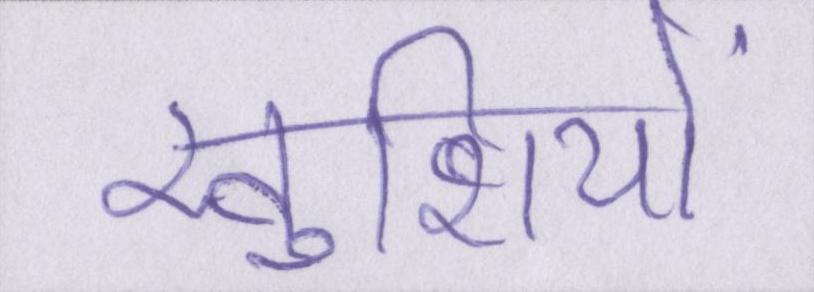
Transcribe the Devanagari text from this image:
खुशियों